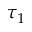
\tau _ { 1 }